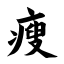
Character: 瘦